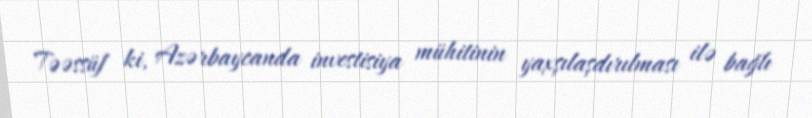
Təəssüf ki, Azərbaycanda investisiya mühitinin yaxşılaşdırılması ilə bağlı